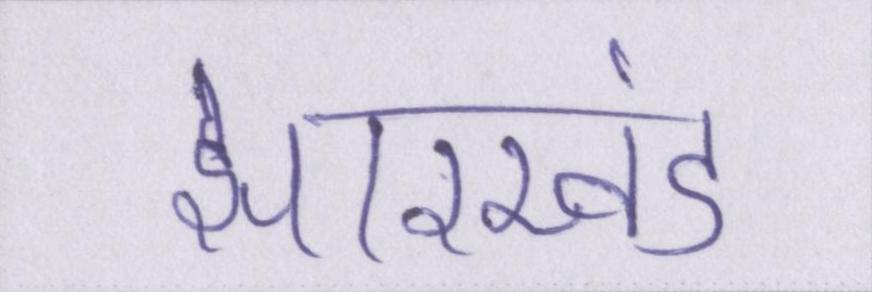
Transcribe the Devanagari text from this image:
झारखंड